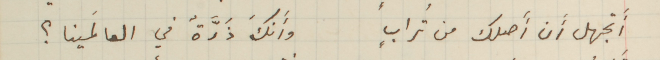
أَتجهل أَن أَصلك من تُرابٍ وأَنكَ ذَرَّةٌ في العالَمينا؟